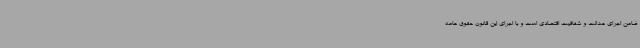
ضامن اجرای عدالت و شفافیت اقتصادی است و با اجرای این قانون حقوق عامه